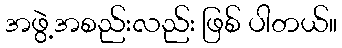
အဖွဲ့အစည်းလည်း ဖြစ် ပါတယ်။